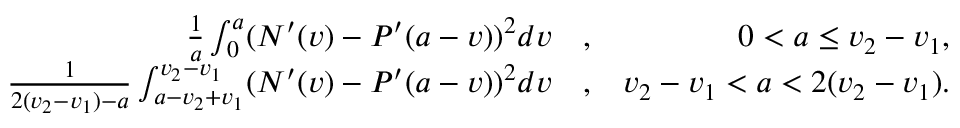
\begin{array} { r l r } { \frac { 1 } { a } \int _ { 0 } ^ { a } ( N ^ { \prime } ( v ) - P ^ { \prime } ( a - v ) ) ^ { 2 } d v } & { , } & { 0 < a \leq v _ { 2 } - v _ { 1 } , } \\ { \frac { 1 } { 2 ( v _ { 2 } - v _ { 1 } ) - a } \int _ { a - v _ { 2 } + v _ { 1 } } ^ { v _ { 2 } - v _ { 1 } } ( N ^ { \prime } ( v ) - P ^ { \prime } ( a - v ) ) ^ { 2 } d v } & { , } & { v _ { 2 } - v _ { 1 } < a < 2 ( v _ { 2 } - v _ { 1 } ) . } \end{array}